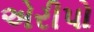
એરીપો